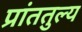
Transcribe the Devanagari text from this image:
प्रांततुल्य